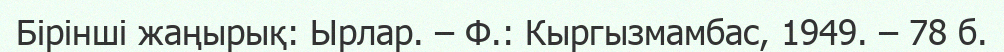
Бірінші жаңырық: Ырлар. – Ф.: Кыргызмамбас, 1949. – 78 б.